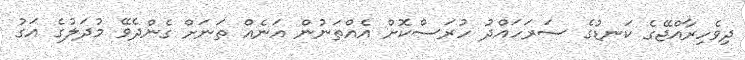
ދިވެހިރާއްޖޭގެ ކަނޑުގެ ސަރަހައްދު ހުރަސްކޮށް އެއްތަނުން އަނެއް ތަނަށް ގެންދެވޭ މުދަލުގެ އަގު